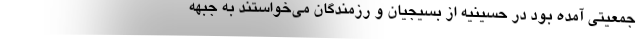
جمعیتی آمده بود در حسینیه از بسیجیان و رزمندگان می‌خواستند به جبهه